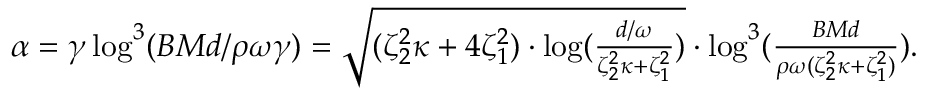
\begin{array} { r } { \alpha = \gamma \log ^ { 3 } ( B M d / \rho \omega \gamma ) = \sqrt { ( \zeta _ { 2 } ^ { 2 } \kappa + 4 \zeta _ { 1 } ^ { 2 } ) \cdot \log ( \frac { d / \omega } { \zeta _ { 2 } ^ { 2 } \kappa + \zeta _ { 1 } ^ { 2 } } ) } \cdot \log ^ { 3 } ( \frac { B M d } { \rho \omega ( \zeta _ { 2 } ^ { 2 } \kappa + \zeta _ { 1 } ^ { 2 } ) } ) . } \end{array}